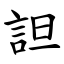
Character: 詚